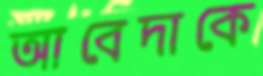
আবেদাকে